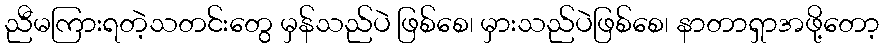
ညီမကြားရတဲ့သတင်းတွေ မှန်သည်ပဲ ဖြစ်စေ၊ မှားသည်ပဲဖြစ်စေ၊ နာတာရှာအဖို့တော့